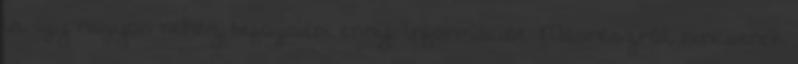
is, így nagyon nehéz befogadni ennyi információt. Másrészről, nincsenek